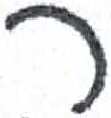
אות: ר